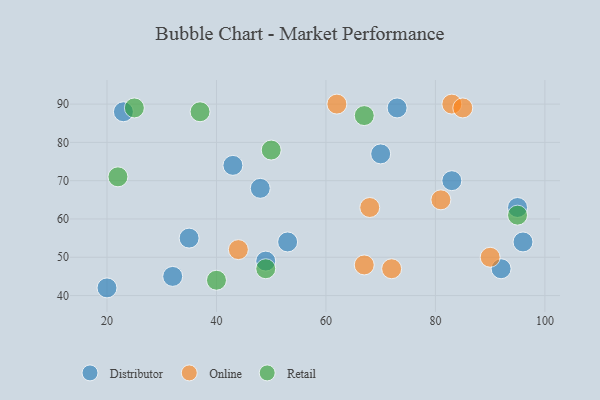
{"axis": {"x": "GDP", "y": "Life Expectancy"}, "legend": ["Distributor", "Online", "Retail"], "data": [{"x": "23", "y": 88, "type": "Distributor"}, {"x": "32", "y": 45, "type": "Distributor"}, {"x": "48", "y": 68, "type": "Distributor"}, {"x": "53", "y": 54, "type": "Distributor"}, {"x": "92", "y": 47, "type": "Distributor"}, {"x": "35", "y": 55, "type": "Distributor"}, {"x": "95", "y": 63, "type": "Distributor"}, {"x": "73", "y": 89, "type": "Distributor"}, {"x": "70", "y": 77, "type": "Distributor"}, {"x": "49", "y": 49, "type": "Distributor"}, {"x": "20", "y": 42, "type": "Distributor"}, {"x": "83", "y": 70, "type": "Distributor"}, {"x": "96", "y": 54, "type": "Distributor"}, {"x": "43", "y": 74, "type": "Distributor"}, {"x": "83", "y": 90, "type": "Online"}, {"x": "90", "y": 50, "type": "Online"}, {"x": "81", "y": 65, "type": "Online"}, {"x": "68", "y": 63, "type": "Online"}, {"x": "44", "y": 52, "type": "Online"}, {"x": "67", "y": 48, "type": "Online"}, {"x": "62", "y": 90, "type": "Online"}, {"x": "85", "y": 89, "type": "Online"}, {"x": "72", "y": 47, "type": "Online"}, {"x": "49", "y": 47, "type": "Retail"}, {"x": "67", "y": 87, "type": "Retail"}, {"x": "95", "y": 61, "type": "Retail"}, {"x": "50", "y": 78, "type": "Retail"}, {"x": "40", "y": 44, "type": "Retail"}, {"x": "37", "y": 88, "type": "Retail"}, {"x": "25", "y": 89, "type": "Retail"}, {"x": "22", "y": 71, "type": "Retail"}]}